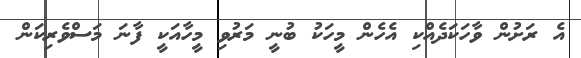
އެ ރަށުން ވާހަކަދެއްކި އެހެން މީހަކު ބުނީ މަރުވި މީހާއަކީ ފާނަ މަސްވެރިކަން